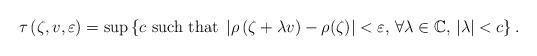
LaTeX: \begin{align*}\tau\left(\zeta,v,\varepsilon\right)=\sup\left\{ c\mbox{ such that }\left|\rho\left(\zeta+\lambda v\right)-\rho(\zeta)\right|<\varepsilon,\,\forall\lambda\in\mathbb{C},\,\left|\lambda\right|<c\right\} .\end{align*}